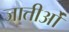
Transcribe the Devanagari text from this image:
जातीओं